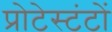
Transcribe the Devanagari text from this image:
प्रोटेस्टंटों